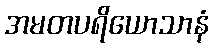
အမတပရိယောသာနံ